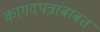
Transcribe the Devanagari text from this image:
कागदपत्रांबाबत